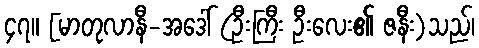
၄၇။ [မာတုလာနီ-အဒေါ် (ဦးကြီး ဦးလေး၏ ဇနီး)သည်၊